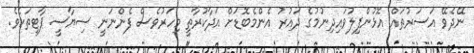
ނޭދެވޭ އަސަރުތައް އޮޅުންފިލުވައިދިނުމުގެ ދައުރު އެންމެބޮޑަށް އަދާކުރާތީ މިހަރުވެސް ފެންނަނީ ސިޔާސީ ޕާޓީތަކެވެ.